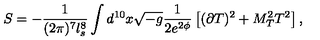
S = - \frac { 1 } { ( 2 \pi ) ^ { 7 } l _ { s } ^ { 8 } } \int d ^ { 1 0 } x \sqrt { - g } \frac { 1 } { 2 e ^ { 2 \phi } } \left[ ( \partial T ) ^ { 2 } + M _ { T } ^ { 2 } T ^ { 2 } \right] ,